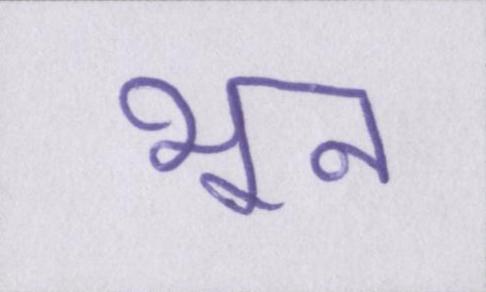
भून